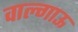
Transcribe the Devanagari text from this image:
वाल्गाऊ